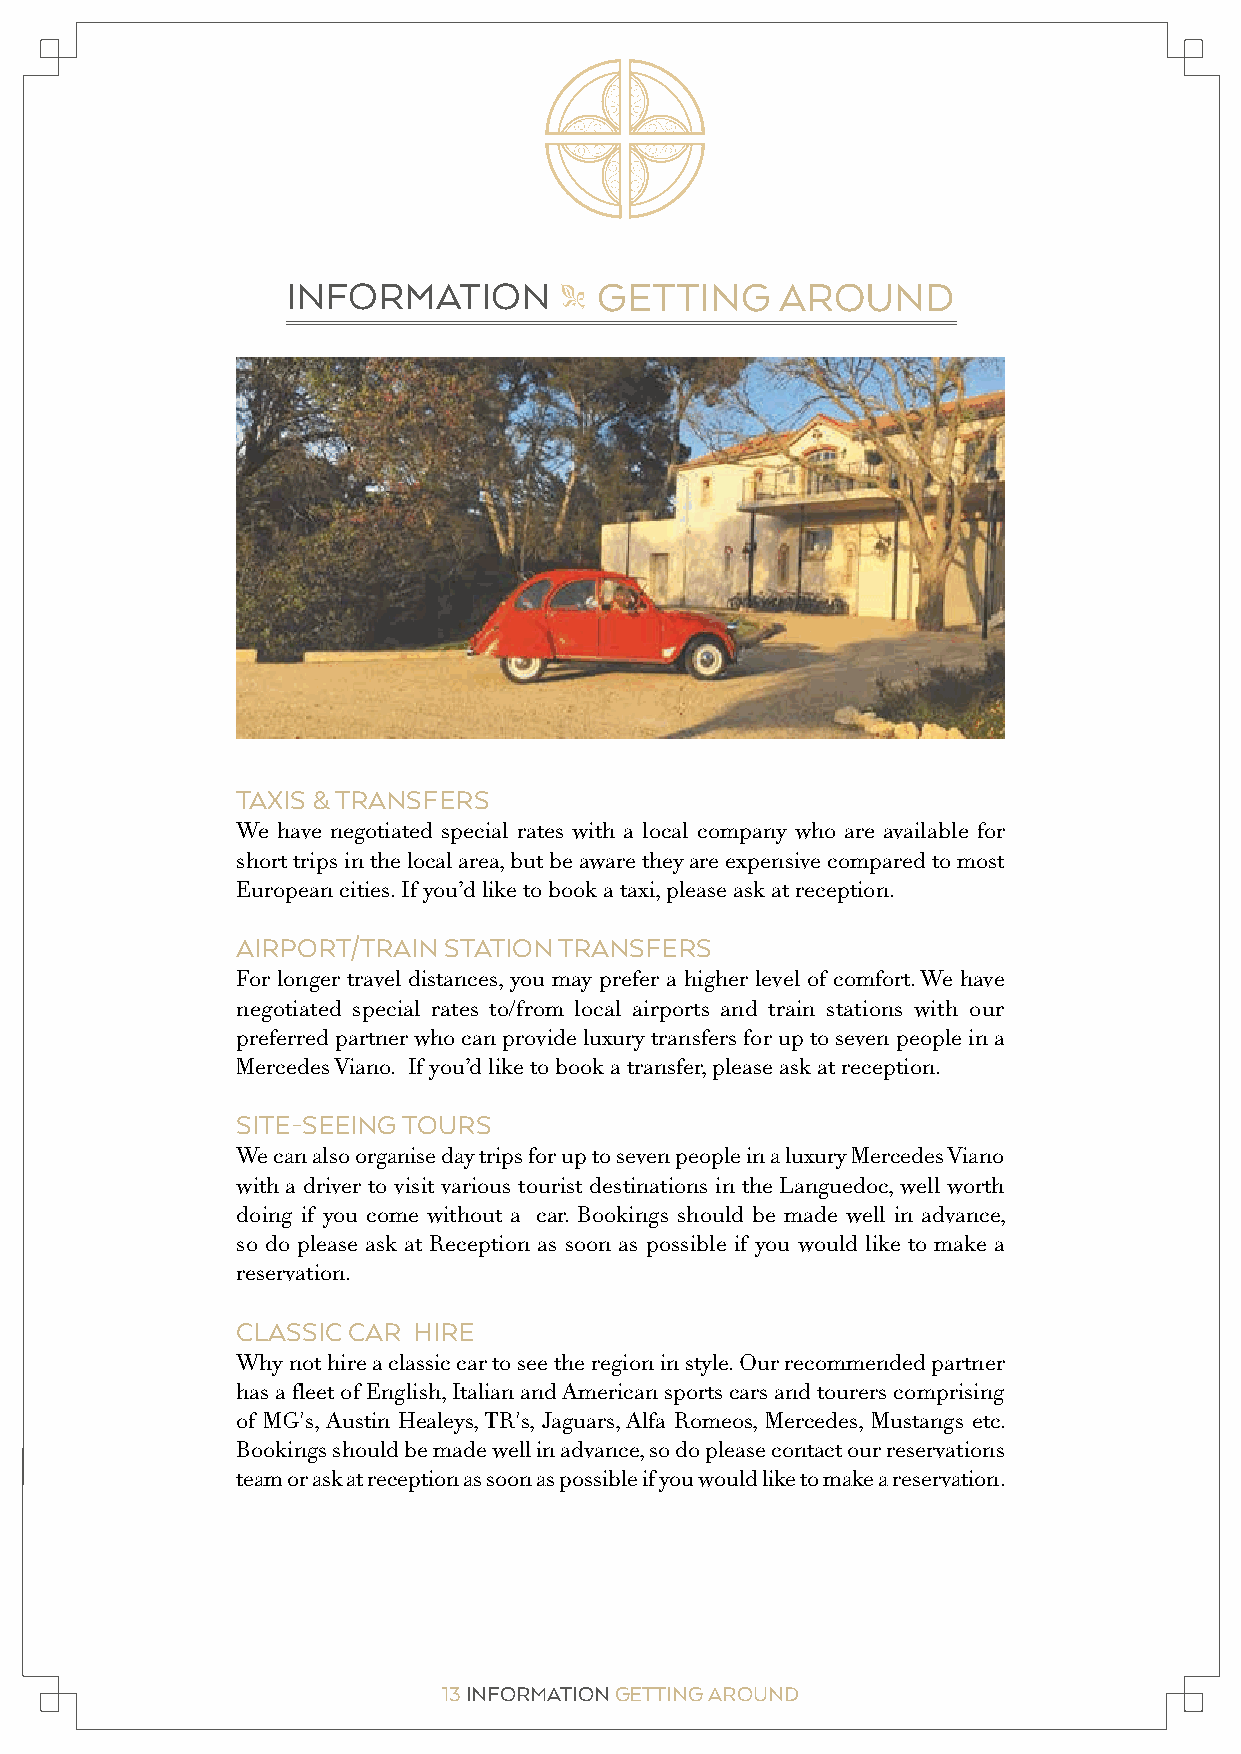
INFORMATION          GETTING     AROUND
 "
 TAXIS & TRANSFERS
 We have negotiated special rates with a local company who are available for
 short trips in the local area, but be aware they are expensive compared to most
 European cities. If you’d like to book a taxi, please ask at reception.
 AIRPORT/TRAIN STATION TRANSFERS
 For longer travel distances, you may prefer a higher level of comfort. We have
 negotiated special rates to/from local airports and train stations with our
 preferred partner who can provide luxury transfers for up to seven people in a
 Mercedes Viano. If you’d like to book a transfer, please ask at reception.
 SITE-SEEING TOURS
 We can also organise day trips for up to seven people in a luxury Mercedes Viano
 with a driver to visit various tourist destinations in the Languedoc, well worth
 doing if you come without a car. Bookings should be made well in advance,
 so do please ask at Reception as soon as possible if you would like to make a
 reservation.
 CLASSIC CAR HIRE
 Why not hire a classic car to see the region in style. Our recommended partner
 has a fleet of English, Italian and American sports cars and tourers comprising
 of MG's, Austin Healeys, TR's, Jaguars, Alfa Romeos, Mercedes, Mustangs etc.
 Bookings should be made well in advance, so do please contact our reservations
 team or ask at reception as soon as possible if you would like to make a reservation.
 12 INFORMATION MAKING THE MOST OF YOUR STAY 13 INFORMATION GETTING AROUND